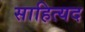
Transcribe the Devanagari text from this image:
साहित्यद